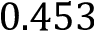
0 . 4 5 3